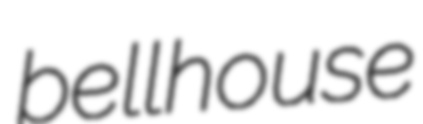
bellhouse